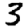
Digit: 3